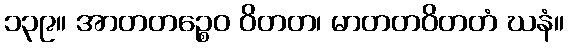
၁၃၉။ အာတတဉ္စေဝ ဝိတတ၊ မာတတဝိတတံ ဃနံ။